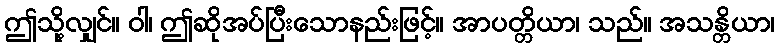
ဤသို့လျှင်။ ဝါ၊ ဤဆိုအပ်ပြီးသောနည်းဖြင့်။ အာပတ္တိယာ၊ သည်။ အသန္တိယာ၊